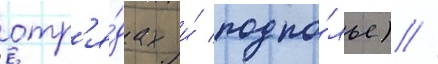
отр'я́дах и́ подпо́лье) //